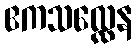
ဧကသလ္လေန